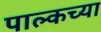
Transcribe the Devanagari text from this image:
पाल्कच्या